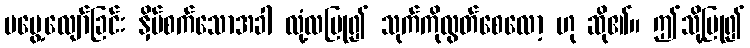
မမွေ့လျော်ခြင်း နှိပ်စက်သောအခါ လုံ့လပြု၍ သုက်ကိုလွတ်စေလော့ ဟု ဆို၏။ ဤသို့ပြု၍